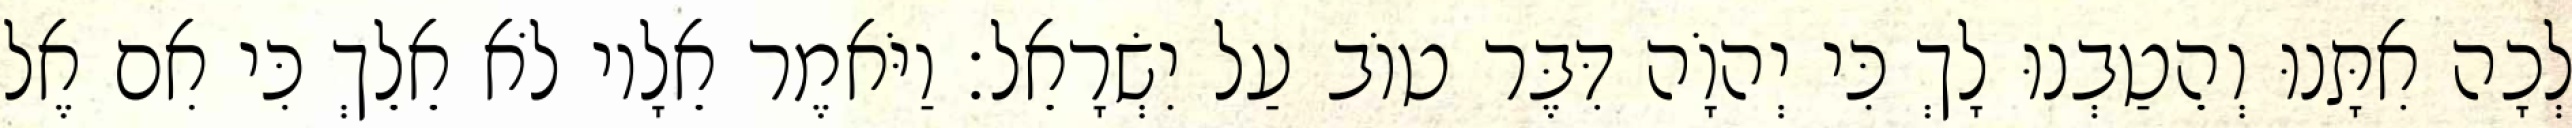
לְכָה אִתָּנוּ וְהֵטַבְנוּ לָךְ כִּי יְהוָֹה דִּבֶּר טוֹב עַל יִשְׂרָאֵל׃ וַיֹּאמֶר אֵלָיו לֹא אֵלֵךְ כִּי אִם אֶל